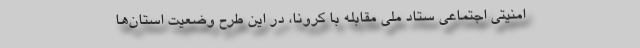
امنیتی اجتماعی ستاد ملی مقابله با کرونا، در این طرح وضعیت استان‌ها